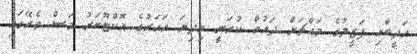
އަދީބާއި ފަޒީލުގެ މައްޗަށް ދައުވާ ކުރަނީ މިދިޔަ އަހަރުގެ އޮކްޓޫބަރު މަސް ތެރޭގައި